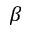
\beta